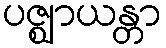
ပဇ္ဈာယန္တာ